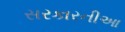
સરકારનીઆ